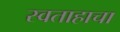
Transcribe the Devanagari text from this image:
स्वताहाचा